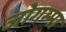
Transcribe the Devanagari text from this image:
जोगम्मा